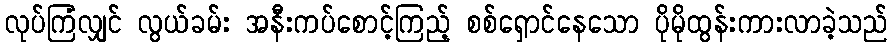
လုပ်ကြံလျှင် လွယ်ခမ်း အနီးကပ်စောင့်ကြည့် စစ်ရှောင်နေသော ပိုမိုထွန်းကားလာခဲ့သည်